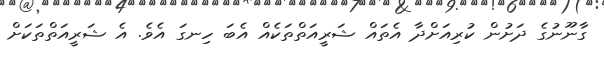
ގާނޫނުގެ ދަށުން ކުރިއަށްދާ އެތައް ޝަރީއަތްތަކެއް އެބަ ހިނގަ އެވެ. އެ ޝަރީއަތްތަކަށް